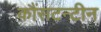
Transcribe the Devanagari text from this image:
कौंसटन्टीन